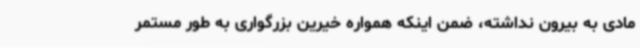
مادی به بیرون نداشته، ضمن اینکه همواره خیرین بزرگواری به طور مستمر